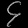
Digit: ၄